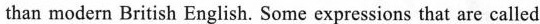
than modern British English. Some expressions that are called